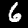
Digit: 6